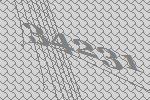
34231